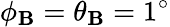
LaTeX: \phi_{\mathbf{B}}=\theta_{\mathbf{B}}=1^{\circ}